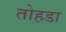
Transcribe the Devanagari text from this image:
तोहडा